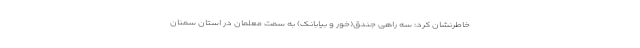
خاطرنشان کرد: سه راهی جندق(خور و بیابانک) به سمت معلمان در استان سمنان